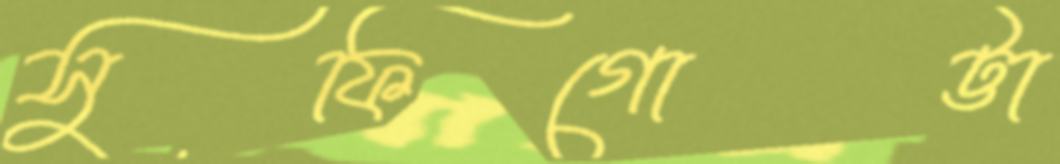
সুফিগোট্টা